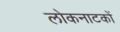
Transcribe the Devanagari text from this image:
लोकनाटकों